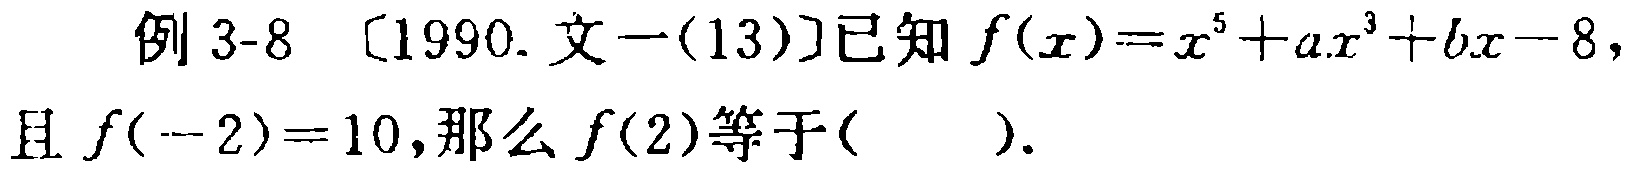
例3-8 〔1990.文一(13)〕已知\(f(x)=x^{5}+ax^{3}+bx - 8\)，且\(f(-2)=10\)，那么\(f(2)\)等于( ).